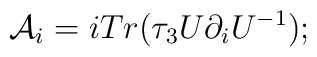
{\mathcal{A}}_i=iTr(\tau_3U\partial_iU^{-1});\